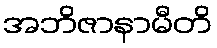
အဘိဇာနာမီတိ